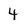
Character: 4